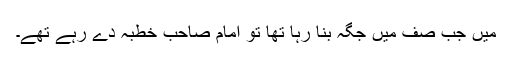
میں جب صف میں جگہ بنا رہا تھا تو امام صاحب خطبہ دے رہے تھے۔